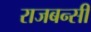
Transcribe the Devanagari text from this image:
राजबन्सी